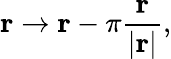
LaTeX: \mathbf{r}\to\mathbf{r}-\pi\frac{\mathbf{r}}{|\mathbf{r}|},